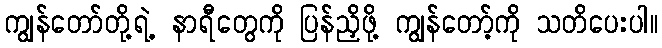
ကျွန်တော်တို့ရဲ့ နာရီတွေကို ပြန်ညှိဖို့ ကျွန်တော့်ကို သတိပေးပါ။